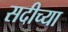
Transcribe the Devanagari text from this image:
सदीच्या